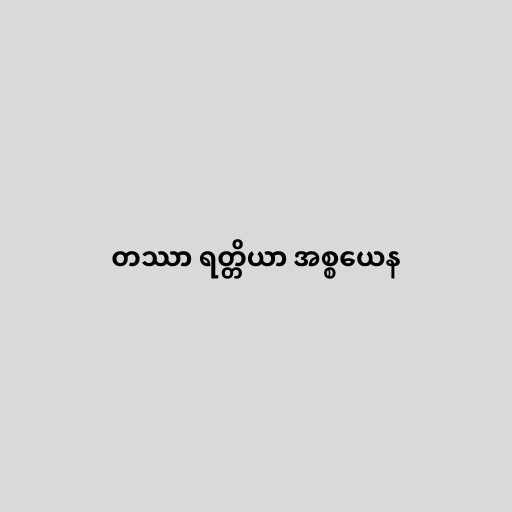
တဿာ ရတ္တိယာ အစ္စယေန